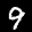
Label: 9